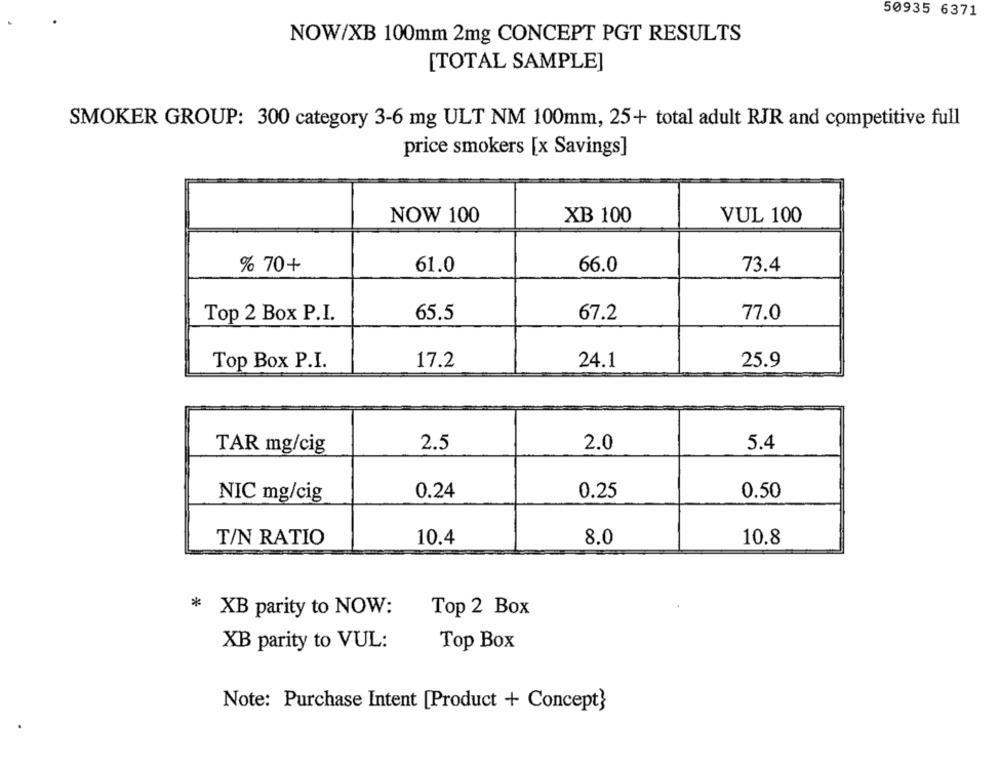
50935 6371
NOW/XB 100mm 2mg CONCEPT PGT RESULTS
[TOTAL SAMPLE]
SMOKER GROUP: 300 category 3-6 mg ULT NM 100mm, 25+ total adult RJR and competitive full
price smokers [x Savings]
NOW 100
XB 100
VUL 100
% 70+
61.0
66.0
73.4
65.5
Top 2 Box P.I.
67.2
77.0
Top Box P.I.
17.2
24.1
25.9
2.5
5.4
TAR mg/cig
2.0
NIC mg/cig
0.24
0.25
0.50
T/N RATIO
10.4
8.0
10.8
* XB parity to NOW:
Top 2 Box
XB parity to VUL:
Top Box
Note: Purchase Intent [Product + Concept}